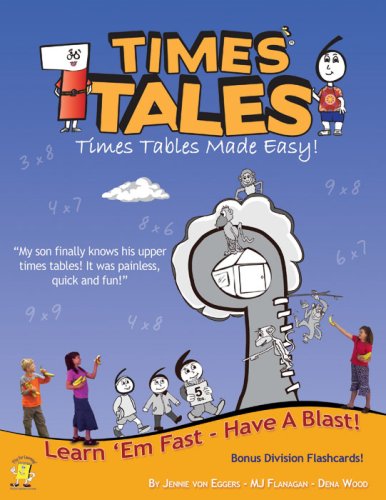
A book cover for Times Tales: Times Tables Made Easy!; Jennie Von Eggers; Education & Teaching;